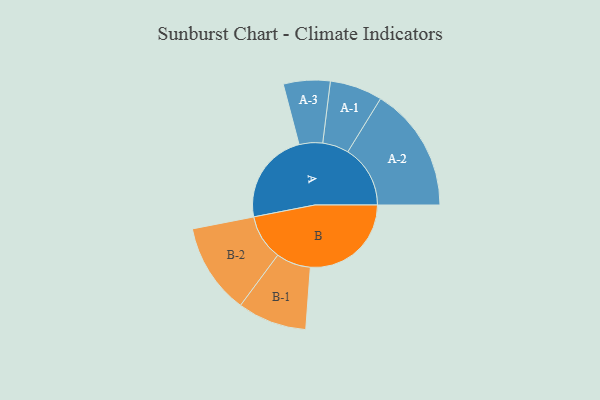
{"axis": {"x": "Segment", "y": "Value"}, "legend": ["", "A", "B"], "data": [{"x": "A", "y": 411, "type": ""}, {"x": "B", "y": 449, "type": ""}, {"x": "A-1", "y": 117, "type": "A"}, {"x": "A-2", "y": 278, "type": "A"}, {"x": "A-3", "y": 104, "type": "A"}, {"x": "B-1", "y": 154, "type": "B"}, {"x": "B-2", "y": 202, "type": "B"}]}